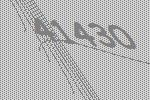
41430